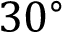
3 0 ^ { \circ }